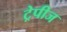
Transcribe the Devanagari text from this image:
ट्रेपीज